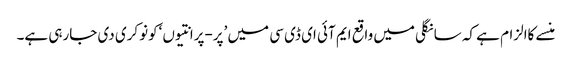
منسے کاالزام ہے کہ سانگلی میں واقع ایم آئی ای ڈی سی میں ’پر-پرانتیوں ‘کونوکری دی جارہی ہے۔